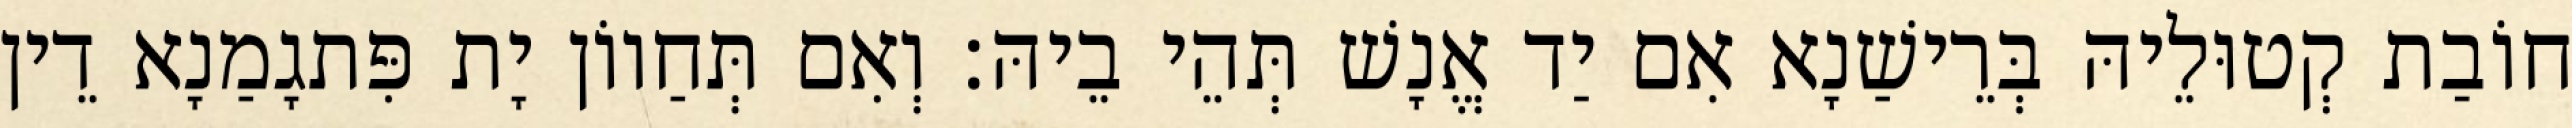
חוֹבַת קְטוּלֵיהּ בְּרֵישַׁנָא אִם יַד אֱנָשׁ תְּהֵי בֵיהּ׃ וְאִם תְּחַווֹן יָת פִּתגָמַנָא דֵין